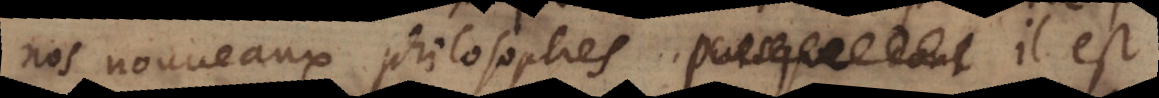
nos nouveaux philosophes. Il est